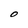
Character: o